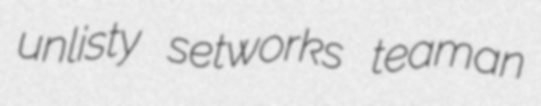
unlisty setworks teaman